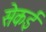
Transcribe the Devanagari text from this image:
सेकई